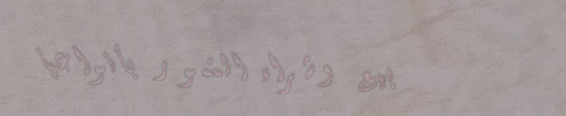
بيع وشراء التمور بأنواعها